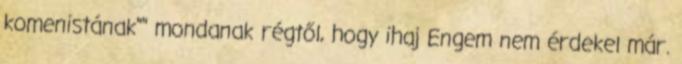
komenistának"" mondanak régtől, hogy ihaj Engem nem érdekel már.